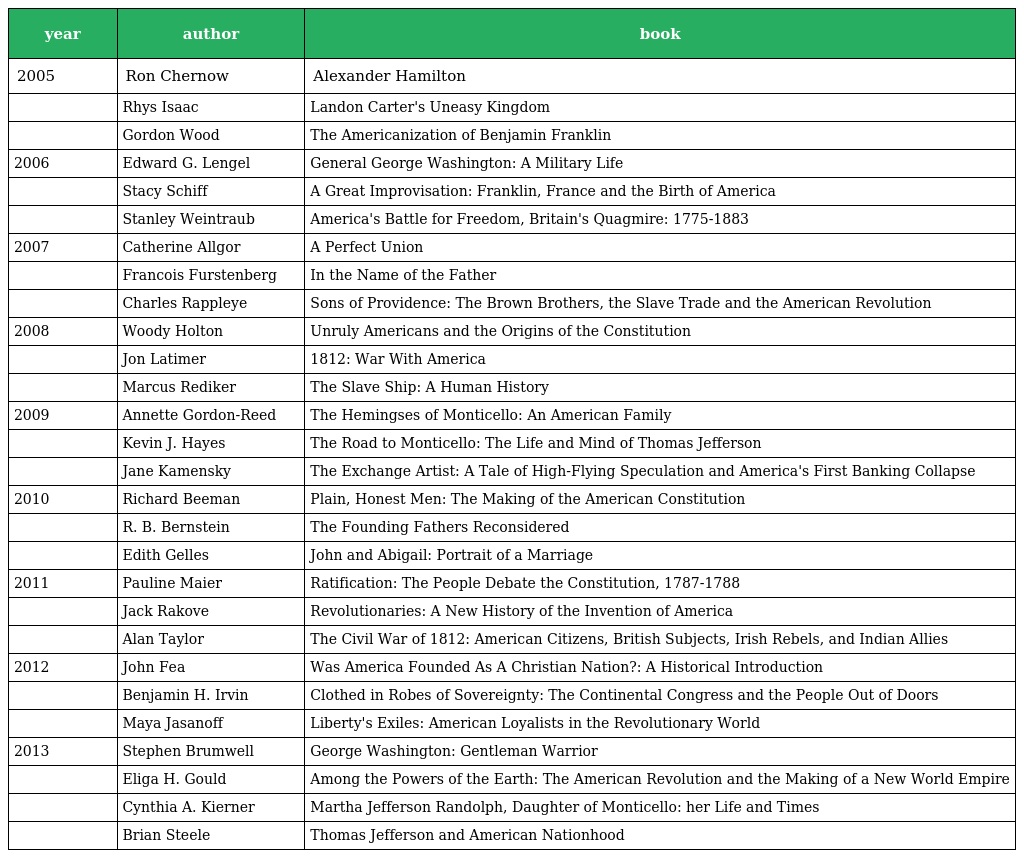
| year | author | book |
 | --- | --- | --- |
 | 2005 | Ron Chernow | Alexander Hamilton |
 |  | Rhys Isaac | Landon Carter's Uneasy Kingdom |
 |  | Gordon Wood | The Americanization of Benjamin Franklin |
 | 2006 | Edward G. Lengel | General George Washington: A Military Life |
 |  | Stacy Schiff | A Great Improvisation: Franklin, France and the Birth of America |
 |  | Stanley Weintraub | America's Battle for Freedom, Britain's Quagmire: 1775-1883 |
 | 2007 | Catherine Allgor | A Perfect Union |
 |  | Francois Furstenberg | In the Name of the Father |
 |  | Charles Rappleye | Sons of Providence: The Brown Brothers, the Slave Trade and the American Revolution |
 | 2008 | Woody Holton | Unruly Americans and the Origins of the Constitution |
 |  | Jon Latimer | 1812: War With America |
 |  | Marcus Rediker | The Slave Ship: A Human History |
 | 2009 | Annette Gordon-Reed | The Hemingses of Monticello: An American Family |
 |  | Kevin J. Hayes | The Road to Monticello: The Life and Mind of Thomas Jefferson |
 |  | Jane Kamensky | The Exchange Artist: A Tale of High-Flying Speculation and America's First Banking Collapse |
 | 2010 | Richard Beeman | Plain, Honest Men: The Making of the American Constitution |
 |  | R. B. Bernstein | The Founding Fathers Reconsidered |
 |  | Edith Gelles | John and Abigail: Portrait of a Marriage |
 | 2011 | Pauline Maier | Ratification: The People Debate the Constitution, 1787-1788 |
 |  | Jack Rakove | Revolutionaries: A New History of the Invention of America |
 |  | Alan Taylor | The Civil War of 1812: American Citizens, British Subjects, Irish Rebels, and Indian Allies |
 | 2012 | John Fea | Was America Founded As A Christian Nation?: A Historical Introduction |
 |  | Benjamin H. Irvin | Clothed in Robes of Sovereignty: The Continental Congress and the People Out of Doors |
 |  | Maya Jasanoff | Liberty's Exiles: American Loyalists in the Revolutionary World |
 | 2013 | Stephen Brumwell | George Washington: Gentleman Warrior |
 |  | Eliga H. Gould | Among the Powers of the Earth: The American Revolution and the Making of a New World Empire |
 |  | Cynthia A. Kierner | Martha Jefferson Randolph, Daughter of Monticello: her Life and Times |
 |  | Brian Steele | Thomas Jefferson and American Nationhood |